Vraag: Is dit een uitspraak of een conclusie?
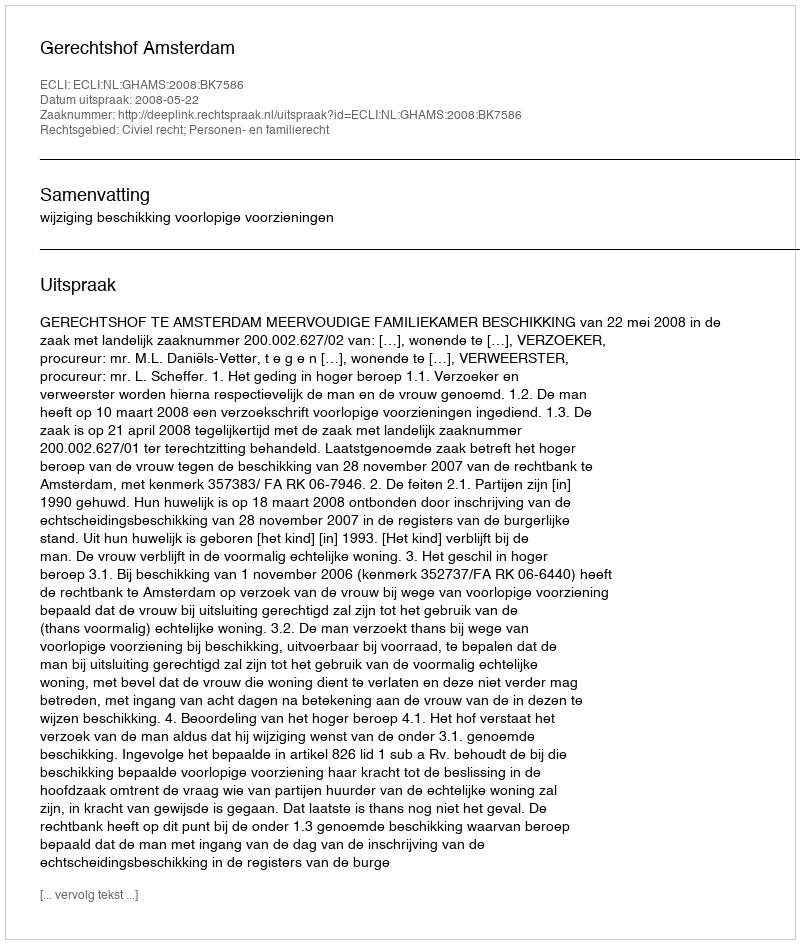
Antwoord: Uitspraak